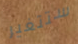
ستتغير